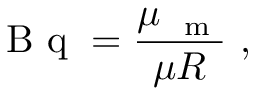
\mathrm { ~ B ~ q ~ } = \frac { \mu _ { \mathrm { ~ \scriptsize ~ m ~ } } } { \mu R } \ ,